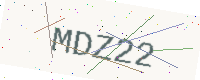
Text: MDZ22